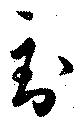
到